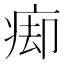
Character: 㾡